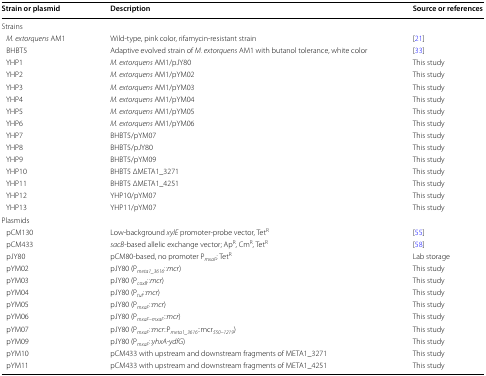
| Strain or plasmid | Description | Source or references |
 | --- | --- | --- |
 | <COLSPAN=3> Strains |
 | M. extorquens AM1 | Wild-type, pink color, rifamycin-resistant strain | [21] |
 | BHBT5 | Adaptive evolved strain of M. extorquens AM1 with butanol tolerance, white color | [33] |
 | YHP1 | M. extorquens AM1/pJY80 | This study |
 | YHP2 | M. extorquens AM1/pYM02 | This study |
 | YHP3 | M. extorquens AM1/pYM03 | This study |
 | YHP4 | M. extorquens AM1/pYM04 | This study |
 | YHP5 | M. extorquens AM1/pYM05 | This study |
 | YHP6 | M. extorquens AM1/pYM06 | This study |
 | YHP7 | BHBT5/pYM07 | This study |
 | YHP8 | BHBT5/pJY80 | This study |
 | YHP9 | BHBT5/pYM09 | This study |
 | YHP10 | BHBT5 ΔMETA1_3271 | This study |
 | YHP11 | BHBT5 ΔMETA1_4251 | This study |
 | YHP12 | YHP10/pYM07 | This study |
 | YHP13 | YHP11/pYM07 | This study |
 | <COLSPAN=3> Plasmids |
 | pCM130 | Low-background xylE promoter-probe vector, TetR | [55] |
 | pCM433 | sacB-based allelic exchange vector; ApR, CmR, TetR | [58] |
 | pJY80 | pCM80-based, no promoter PmxaF; TetR | Lab storage |
 | pYM02 | pJY80 (Pmeta1_3616::mcr) | This study |
 | pYM03 | pJY80 (PcoxB::mcr) | This study |
 | pYM04 | pJY80 (Ptuf::mcr) | This study |
 | pYM05 | pJY80 (PmxaF::mcr) | This study |
 | pYM06 | pJY80 (PmxaF–mxaF::mcr) | This study |
 | pYM07 | pJY80 (PmxaF::mcr::Pmeta1_3616::mcr550–1219) | This study |
 | pYM09 | pJY80 (PmxaF::yhxA-ydfG) | This study |
 | pYM10 | pCM433 with upstream and downstream fragments of META1_3271 | This study |
 | pYM11 | pCM433 with upstream and downstream fragments of META1_4251 | This study |